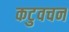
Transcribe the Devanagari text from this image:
कटुवचन